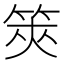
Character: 筴